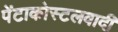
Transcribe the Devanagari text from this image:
पेंटाकोस्टलवादी